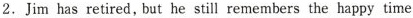
2. Jim has retired, but he still remembers the happy time